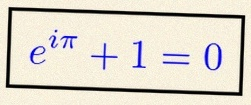
e^{i\pi}+1=0